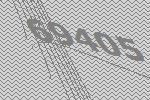
69405